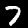
Label: 7